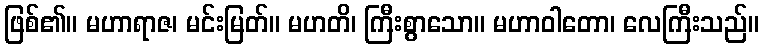
ဖြစ်၏။ မဟာရာဇ၊ မင်းမြတ်။ မဟတိ၊ ကြီးစွာသော။ မဟာဝါတော၊ လေကြီးသည်။